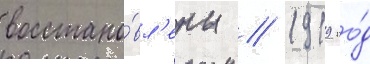
восстано́вл'ены // 1919 го́д